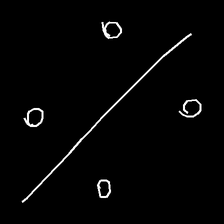
Glyph: cool